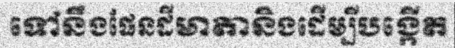
ទៅនឹងផែនដីមាតានិងដើម្បីបង្កើត